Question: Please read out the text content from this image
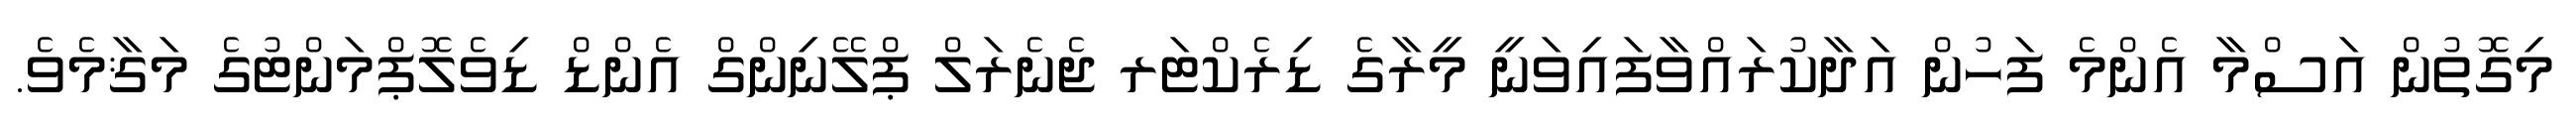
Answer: މިގޮތުން އަސްމާ އެންމެ ފަހުން އަދާކުރައްވާފައިވަނީ މީރާގެ ޑިރެކްޓަރ ޖެނެރަލް ޕްލޭނިންގް އެންޑް ޑިވެލޮޕްމަންޓުގެ މަޤާމެވެ.